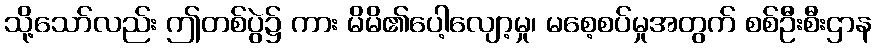
သို့သော်လည်း ဤတစ်ပွဲ၌ ကား မိမိ၏ပေါ့လျော့မှု၊ မစေ့စပ်မှုအတွက် စစ်ဦးစီးဌာန